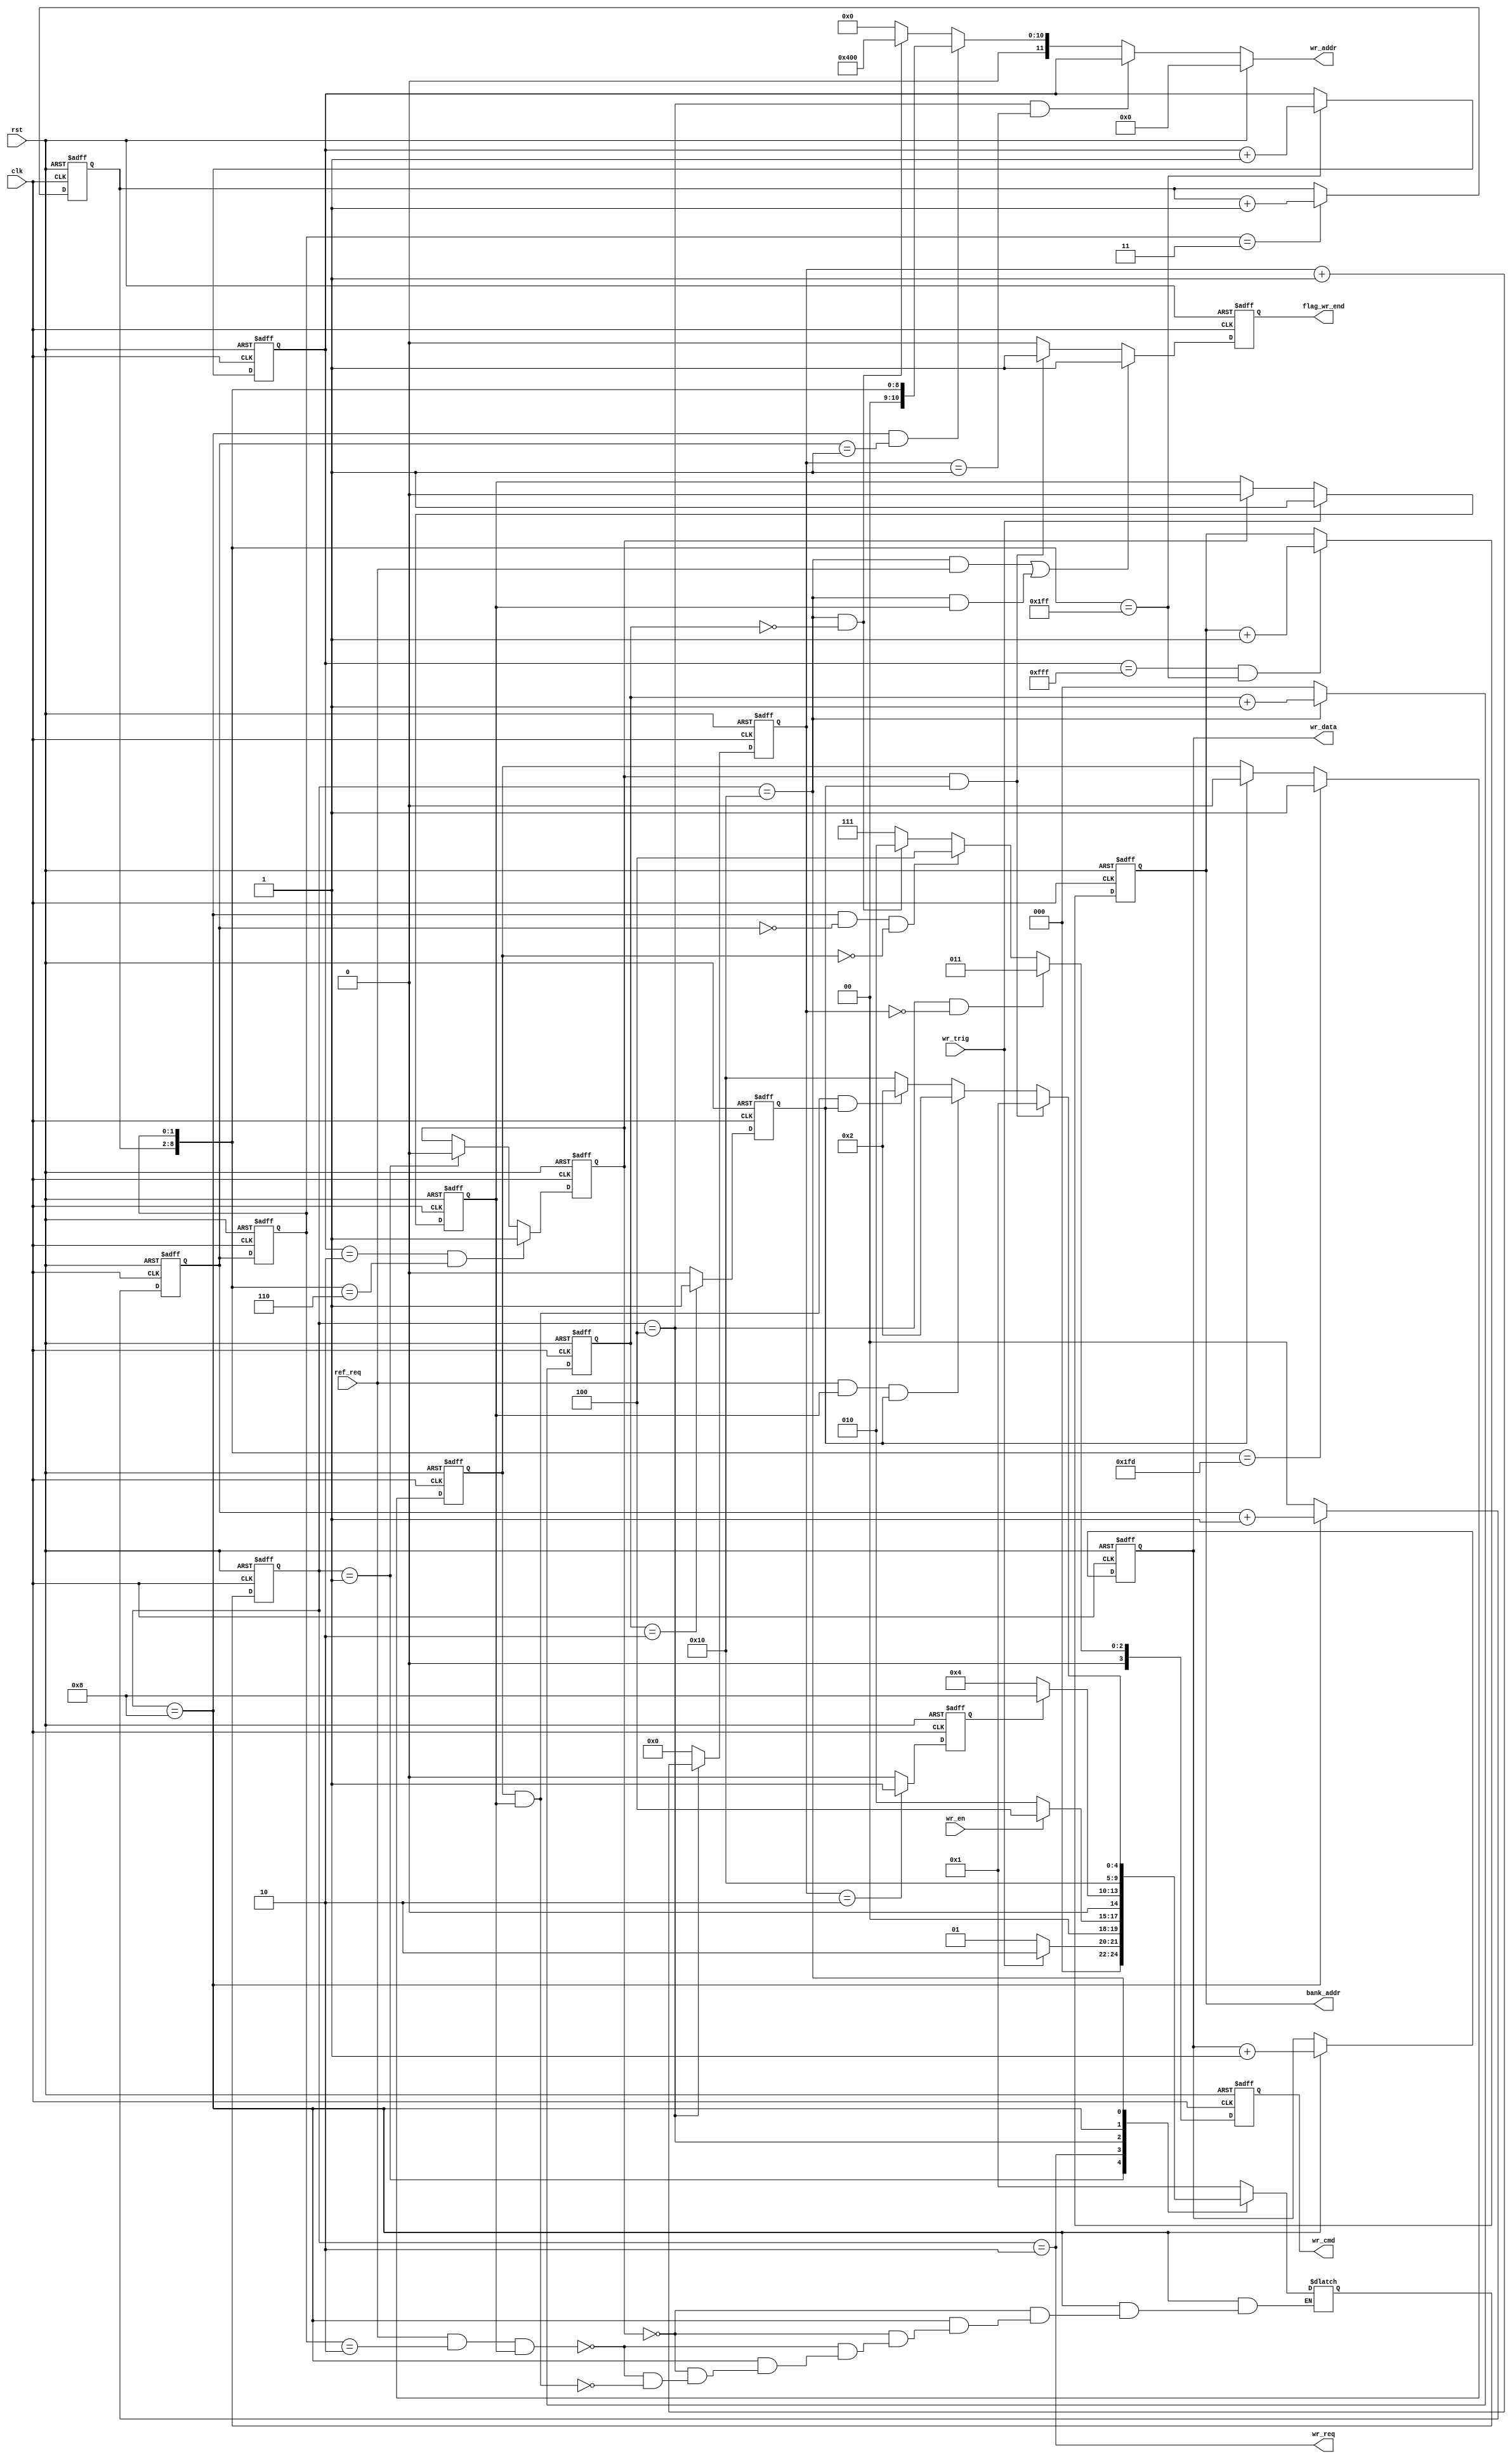
module sdram_write(
    input                       clk,
    input                       rst,

    input                       wr_en,
    output                      wr_req,
    output   reg                flag_wr_end,

    input                       ref_req,
    input                       wr_trig,

    output   reg      [3:0]     wr_cmd,
    output   reg     [11:0]     wr_addr,
    output   reg      [1:0]     bank_addr,
    output   reg     [15:0]     wr_data                 //for sim
);

//usual
    reg                         flag_wr;


      
//active
    reg         [3:0]           act_cnt;
    reg        [11:0]           row_addr;             // use for active row  
    reg                         flag_act_end;
//write
    reg         [1:0]           burst_cnt,burst_cnt_d1;
    reg         [6:0]           col_cnt; 
    wire        [8:0]           col_addr;
    reg                         sd_row_end ;  
//Precharge
    reg         [2:0]           charge_cnt;
    reg                         flag_pre_end;
//end
    reg                         data_end;

    localparam                  CMD_ACTIVE    =  4'b0011; //3
    localparam                  CMD_SD_WR     =  4'b0100; //4
    localparam                  CMD_Precharge =  4'b0010; //2
    localparam                  CMD_NOP       =  4'b0111; //7

    localparam                  ST_IDLE     =  5'b00001;
    localparam                  ST_REQ      =  5'b00010;
    localparam                  ST_ACT      =  5'b00100;
    localparam                  ST_WRITE    =  5'b01000;
    localparam                  ST_PRE      =  5'b10000;
    reg   [4:0]         cur_state,next_state;       


    always @(posedge clk or posedge rst) begin
        if (rst)
            cur_state <= ST_IDLE;
        else
            cur_state <= next_state;
    end

    always @(*)begin
        case (cur_state)
            ST_IDLE : next_state = wr_trig ? ST_REQ : ST_IDLE ;
            ST_REQ  : next_state = wr_en   ? ST_ACT : ST_REQ  ;
            ST_ACT  : next_state = flag_act_end ? ST_WRITE : ST_ACT ;
            ST_WRITE: begin
                if(data_end == 1'b1)
                    next_state   =      ST_PRE;
                else if(ref_req == 1'b1 && burst_cnt_d1 == 'd2 && flag_wr == 1'b1)
                    next_state   =      ST_PRE;
                else if(sd_row_end == 1'b1 && flag_wr == 1'b1)
                    next_state   =      ST_PRE;
            end
            ST_PRE  : begin
                if(data_end && flag_pre_end)
                    next_state = ST_IDLE;
                else if(ref_req && flag_wr && flag_pre_end )
                    next_state = ST_REQ ;
                else if(sd_row_end && flag_wr && flag_pre_end)
                    next_state = ST_REQ ;
                else
                    next_state = ST_PRE ;
            end
            default: next_state =  ST_IDLE;
        endcase
    end


    always @(posedge clk or posedge rst ) begin
        if (rst)
            flag_wr <= 0;
        else if(wr_trig)
            flag_wr <= 1;
        else if(data_end)
            flag_wr <= 0;
    end

    assign wr_req = (cur_state == ST_REQ); 

    always @(posedge clk or posedge rst) begin
        if( rst )
            row_addr <= 0;
        else if(col_addr == 'd511)
            row_addr <= row_addr + 1;
    end

    always @(posedge clk or posedge rst) begin
        if(rst)
            col_cnt <= 0;
        else if( burst_cnt_d1 == 2'b11)
            col_cnt <= col_cnt + 1; 
    end

    assign col_addr = {col_cnt,burst_cnt_d1};

    always @(posedge clk or posedge rst) begin
        if(rst)
            bank_addr <= 2'b0;
        else if( (row_addr == 12'b1111_1111_1111) && (col_addr == 9'b1_1111_1111) )
            bank_addr <= bank_addr + 1;
    end


    always @(posedge clk or posedge rst) begin
        if(rst)
            act_cnt <= 0;
        else if ( cur_state == ST_ACT) 
            act_cnt <= act_cnt + 1;
        else
            act_cnt <= 0;
    end


    always @(posedge clk or posedge rst) begin
        if(rst)
            flag_act_end <= 0;
        else if (act_cnt == 'd2)
            flag_act_end <= 1;
        else
            flag_act_end <= 0;
    end

    always @(posedge clk or posedge rst) begin
        if ( rst )
            charge_cnt <= 0;
        else if(cur_state == ST_PRE)
            charge_cnt <= charge_cnt + 1;
        else
            charge_cnt <= 0;
    end

    always @(posedge clk or posedge rst) begin
        if(rst)
            flag_pre_end <= 0;
        else if(charge_cnt == 'd2)
            flag_pre_end <= 1;
        else
            flag_pre_end <= 0;
    end

    always @(posedge clk or posedge rst) begin
        if(rst) 
            burst_cnt <= 0;
        else if( cur_state == ST_WRITE )
            burst_cnt <= burst_cnt + 1;
        else
            burst_cnt <= 0;
    end

    always @(posedge clk or posedge rst) begin
        if(rst)
            burst_cnt_d1 <= 0;
        else
            burst_cnt_d1 <= burst_cnt ; 
    end


    always @(posedge clk or posedge rst) begin
        if(rst)
            sd_row_end <= 0;
        else if( col_addr == 9'b1_1111_1101)
            sd_row_end <= 1;
        else if(flag_pre_end)
            sd_row_end <= 0; 
    end

    always @(posedge clk or posedge rst) begin
        if (rst) begin
            wr_cmd      <= CMD_NOP;
        end
        else if( (cur_state == ST_ACT) && (act_cnt == 'd0)) begin
            wr_cmd      <= CMD_ACTIVE ;
        end
        else if( cur_state == ST_WRITE && (burst_cnt == 'd0) && (sd_row_end == 1'b0)) begin
            wr_cmd      <= CMD_SD_WR ;
        end
        else if( cur_state == ST_PRE && (charge_cnt == 'd0)) begin
            wr_cmd      <= CMD_Precharge;
        end
        else begin
            wr_cmd      <= CMD_NOP;
        end
    end

    always @(*) begin
        if (rst) begin
            wr_addr     <= 0;
        end
        else if( (cur_state == ST_ACT) && (act_cnt == 'd1)) begin
            wr_addr     <= row_addr;
        end
        else if( cur_state == ST_WRITE && (burst_cnt == 'd1)) begin
            wr_addr     <= {3'b000,col_addr};    //?
        end
        else if( cur_state == ST_PRE && (charge_cnt == 'd0)) begin
            wr_addr     <= 12'b0100_0000_0000;
        end
        else begin
            wr_addr     <= 0;
        end
    end

    always @(posedge clk or posedge rst) begin
        if( rst )
            wr_data <= 0;
        else if(cur_state == ST_WRITE)
            wr_data <= wr_data + 1;
    end

    always @(posedge clk or posedge rst) begin
        if( rst ) 
            flag_wr_end <= 0;
        else if( ( cur_state == ST_PRE && ref_req ) || (cur_state == ST_PRE && flag_wr) )
            flag_wr_end <= 1;
        else if( data_end && flag_pre_end)
            flag_wr_end <= 1;
        else 
            flag_wr_end <= 0;
    end

    always @(posedge clk or posedge rst) begin
        if(rst)
            data_end <= 0;
        else if( (row_addr == 'd2) && (col_addr =='d6))
            data_end <= 1;
        else if( cur_state == ST_IDLE )
            data_end <= 0;  
    end
endmodule